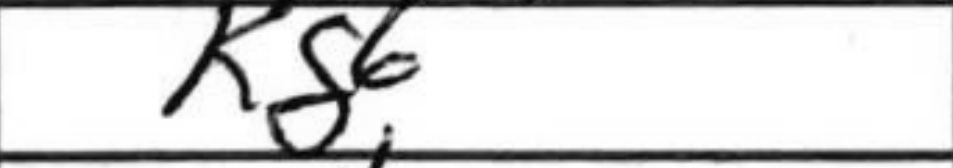
Transcription: Kg6